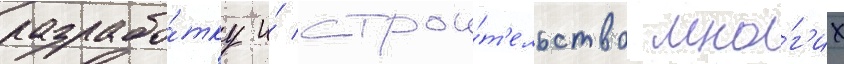
разрабо́тку и́ строи́т'ельство мно́г'их